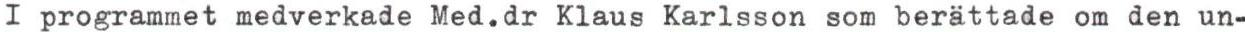
I programmet medverkade Med.dr Klaus Karlsson som berättade om den un-